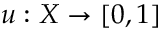
u : X \rightarrow [ 0 , 1 ]